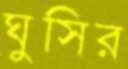
ঘুসির